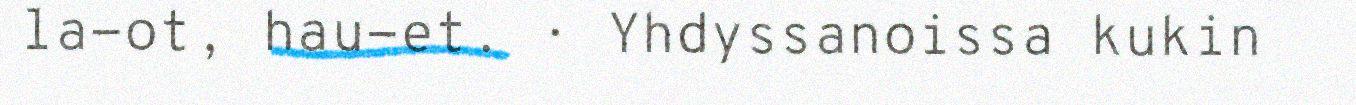
la-ot, hau-et. · Yhdyssanoissa kukin